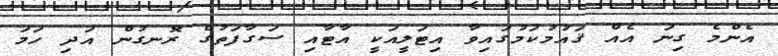
އެންމެ ގިނަ އެއް ޤައުމުކަމުގައިވާ އިޓަލީއަކީ އާޓާއި ސަގާފަތުގެ ރޮނގުން އަދި ހަމަ